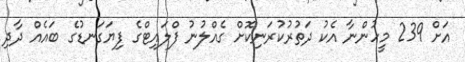
އަށް 239 މީހުންނާ އެކު ދަތުރުކުރަނިކޮށް ގެއްލުނު ފްލައިޓްގެ ފިޔަގަނޑުގެ ބައެއް ދާދި